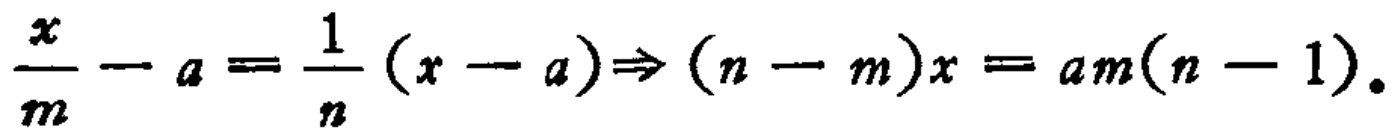
$\frac{x}{m}-a=\frac{1}{n}(x - a)\Rightarrow(n - m)x=am(n - 1).$